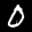
Label: 0